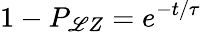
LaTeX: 1-P_{\mathscr{L}Z}=e^{-t/\tau}